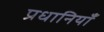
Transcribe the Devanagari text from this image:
प्रधानियाँ